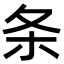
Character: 条